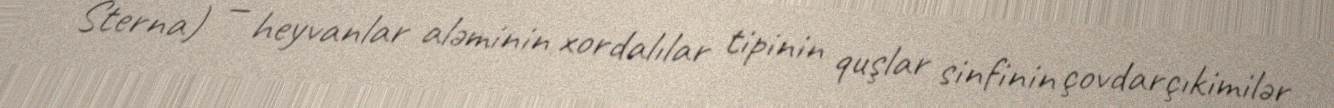
Sterna) — heyvanlar aləminin xordalılar tipinin quşlar sinfinin çovdarçıkimilər